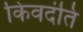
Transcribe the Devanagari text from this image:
किवदंति